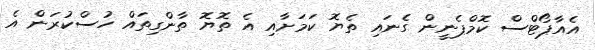
އެއާޕޯޓްސް ކޮމްޕެނީން ގެނައި ތެޔޮ ކަމަށާއި އެ ތޮޔޮ ތާންގިތައް ހުސްކުރަން އެ